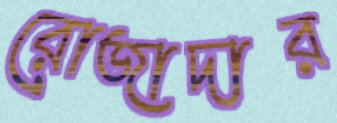
রোজাদার